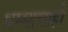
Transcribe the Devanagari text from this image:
धम्माचाही